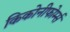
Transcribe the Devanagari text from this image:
किकोनीफोर्म्स